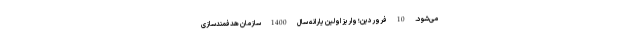
می‌شود. 10 فروردین؛ واریز اولین یارانه سال 1400 سازمان هدفمندسازی